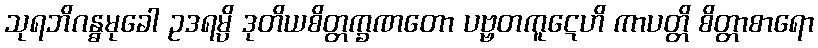
သုရဘိဂန္ဓမုခေါ ဥဒရမ္ပိ ဒုတိယစိတ္တက္ခဏတော ပဗ္ဗတကူဋေဟိ ကာပတ္တိ စိတ္တာစာရော